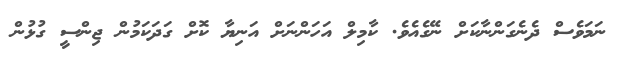
ނަމަވެސް ދެނެގަންނާކަށް ނޭގެއެވެ. ކާމިލް އަހަންނަށް އަނިޔާ ކޮށް ގަދަކަމުން ޖިންސީ ގުޅުން